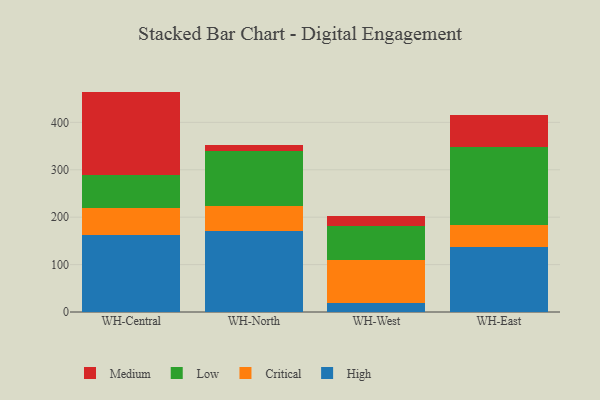
{"axis": {"x": "Warehouse", "y": "Budget (USD K)"}, "legend": ["Critical", "High", "Low", "Medium"], "data": [{"x": "WH-Central", "y": 162.3, "type": "High"}, {"x": "WH-Central", "y": 58.1, "type": "Critical"}, {"x": "WH-Central", "y": 69.0, "type": "Low"}, {"x": "WH-Central", "y": 175.5, "type": "Medium"}, {"x": "WH-North", "y": 170.0, "type": "High"}, {"x": "WH-North", "y": 52.7, "type": "Critical"}, {"x": "WH-North", "y": 116.9, "type": "Low"}, {"x": "WH-North", "y": 12.9, "type": "Medium"}, {"x": "WH-West", "y": 18.7, "type": "High"}, {"x": "WH-West", "y": 92.0, "type": "Critical"}, {"x": "WH-West", "y": 70.0, "type": "Low"}, {"x": "WH-West", "y": 21.7, "type": "Medium"}, {"x": "WH-East", "y": 137.2, "type": "High"}, {"x": "WH-East", "y": 46.9, "type": "Critical"}, {"x": "WH-East", "y": 163.2, "type": "Low"}, {"x": "WH-East", "y": 68.4, "type": "Medium"}]}